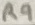
Text: R9